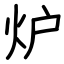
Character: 炉